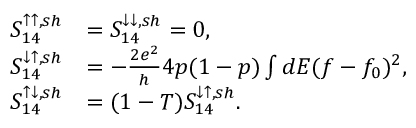
\begin{array} { r l } { { S _ { 1 4 } ^ { \uparrow \uparrow , s h } } } & { { } { = S _ { 1 4 } ^ { \downarrow \downarrow , s h } = 0 , } } \\ { { S _ { 1 4 } ^ { \downarrow \uparrow , s h } } } & { { } { = - \frac { 2 e ^ { 2 } } { h } 4 p ( 1 - p ) \int d E ( f - f _ { 0 } ) ^ { 2 } , } } \\ { { S _ { 1 4 } ^ { \uparrow \downarrow , s h } } } & { { } { = ( 1 - T ) S _ { 1 4 } ^ { \downarrow \uparrow , s h } } . } \end{array}